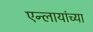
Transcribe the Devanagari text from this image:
एन्लायांच्या